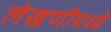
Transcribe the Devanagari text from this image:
लेखणीमध्ये